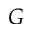
G